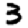
Digit: 3